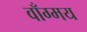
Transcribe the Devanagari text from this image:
वाँग्मय